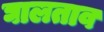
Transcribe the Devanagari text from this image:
घालताव